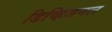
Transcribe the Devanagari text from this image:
डिव्हिजनल